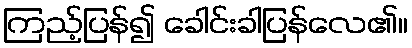
ကြည့်ပြန်၍ ခေါင်းခါပြန်လေ၏။